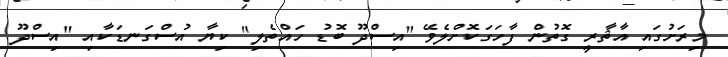
މިރަށުގައި އާޘާރީ ގޮތުން ފާހަގަކޮށްލެވޭ "އިސްދޫ ބޮޑު ހައްތެލި" ކިޔާ އުސްގަނޑަކާއި "އިސްދޫ